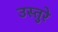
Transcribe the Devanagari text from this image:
उस्तुरे